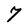
Character: 7